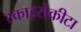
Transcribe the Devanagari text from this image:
स्काइरोकीटा